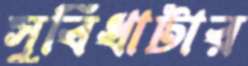
সুবিধাটার